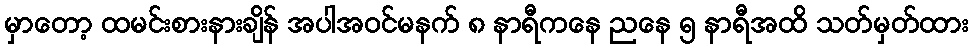
မှာတော့ ထမင်းစားနားချိန် အပါအဝင်မနက် ၈ နာရီကနေ ညနေ ၅ နာရီအထိ သတ်မှတ်ထား